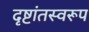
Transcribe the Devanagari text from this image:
दृष्टांतस्वरूप